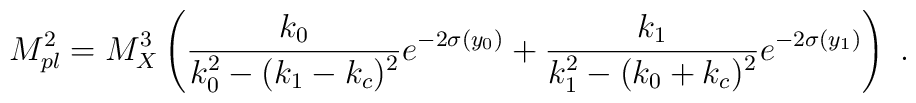
M_{pl}^2 = {M_X^3}  \left({{ k_0} \over\displaystyle { k_0^2 - (k_1-k_c)^2}} e^{-2 \sigma(y_0)} + {{ k_1} \over\displaystyle { k_1^2 - (k_0+ k_c)^2}} e^{-2 \sigma(y_1)} \right)~.~\,